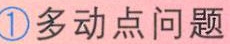
\textcircled{1}多动点问题